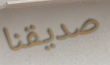
صديقنا